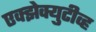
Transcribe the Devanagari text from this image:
एक्झेक्युटीव्ह